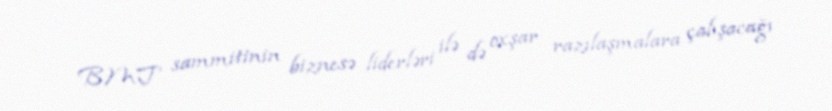
BMT sammitinin biznesə liderləri ilə də oxşar razılaşmalara çalışacağı